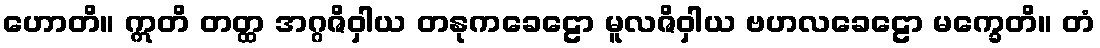
ဟောတိ။ ဣတိ တတ္ထ အဂ္ဂဇိဝှါယ တနုကခေဠော မူလဇိဝှါယ ဗဟလခေဠော မက္ခေတိ။ တံ